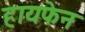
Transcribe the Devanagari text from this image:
हायफेन